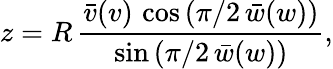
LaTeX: z=R\, \frac{\bar{v}(v)\, \cos\left(\pi/2\, \bar{w}(w)\right)}{\sin\left(\pi/2\, \bar{w}(w)\right)},